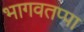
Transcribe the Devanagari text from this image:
भागवतप्पा